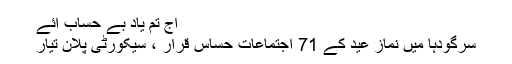
آج تم یاد بے حساب آئے
سرگودہا میں نماز عید کے 71 اجتماعات حساس قرار ، سیکورٹی پلان تیار